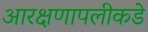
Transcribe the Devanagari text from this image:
आरक्षणापलीकडे